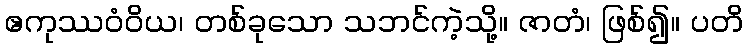
ဧကုဿဝံဝိယ၊ တစ်ခုသော သဘင်ကဲ့သို့။ ဇာတံ၊ ဖြစ်၍။ ပတိ